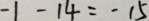
- 1 - 1 4 = - 1 5